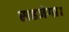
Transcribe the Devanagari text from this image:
सहजेगा।